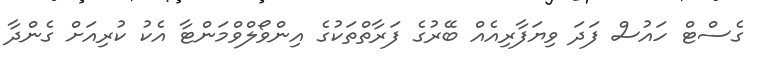
ގެސްޓް ހައުސް ފަދަ ވިޔަފާރިއެއް ބޭރުގެ ފަރާތްތަކުގެ އިންވޯލްވްމަންޓާ އެކު ކުރިއަށް ގެންދާ